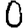
Digit: 0